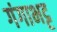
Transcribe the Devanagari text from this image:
गंगाभट्ट